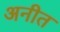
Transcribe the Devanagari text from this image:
अनीत